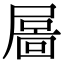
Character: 𡳄